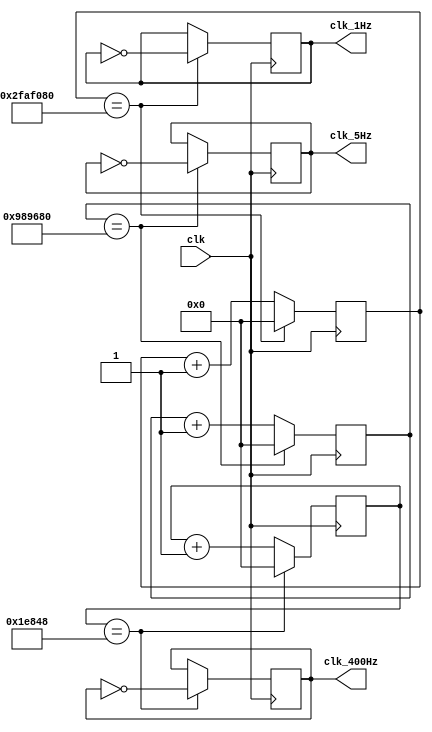
`timescale 1ns / 1ps
//////////////////////////////////////////////////////////////////////////////////
// Company: 
// Engineer: 
// 
// Design Name: 
// Module Name: clk_frequencyChange
// Project Name: 
// Target Devices: 
// Tool Versions: 
// Description: 
// 
// Dependencies: 
// 
// Revision:
// Revision 0.01 - File Created
// Additional Comments:
// 
//////////////////////////////////////////////////////////////////////////////////

// slows down the system clock to the three frequencues (1 Hz, 400 Hz, and 5 Hz)
module clk_frequencyChange(clk, clk_1Hz, clk_400Hz, clk_5Hz);
input clk;
output  clk_1Hz, clk_400Hz, clk_5Hz;
reg clk_1Hz = 0, clk_400Hz = 0, clk_5Hz = 0;
reg [26:0] counter1 = 0;
reg [26:0] counter2 = 0;
reg [26:0] counter3 = 0;

always@(posedge clk) // at positive edge of system clock
    begin
        counter1 <= counter1 + 1;
        counter2 <= counter2 + 1;
        counter3 <= counter3 + 1;
        
        if (counter1 == 50_000_000) // 50,000,000 is amount for 1 Hz clock
            begin
                clk_1Hz <= ~clk_1Hz; // flip signal
                counter1 <= 0;  // restart counter for 1 Hz clock
            end
        if (counter2 == 125_000) // 125,000 is amount for 400 Hz clock
            begin
                clk_400Hz <= ~clk_400Hz; // flip signal
                counter2 <= 0;  // restart other counter for 400 Hz clock
            end
        if (counter3 == 10_000_000) // 125,000 is amount for 5 Hz clock
            begin
                clk_5Hz <= ~clk_5Hz; // flip signal
                counter3 <= 0;  // restart other counter for 5 Hz clock
        end
    end
endmodule